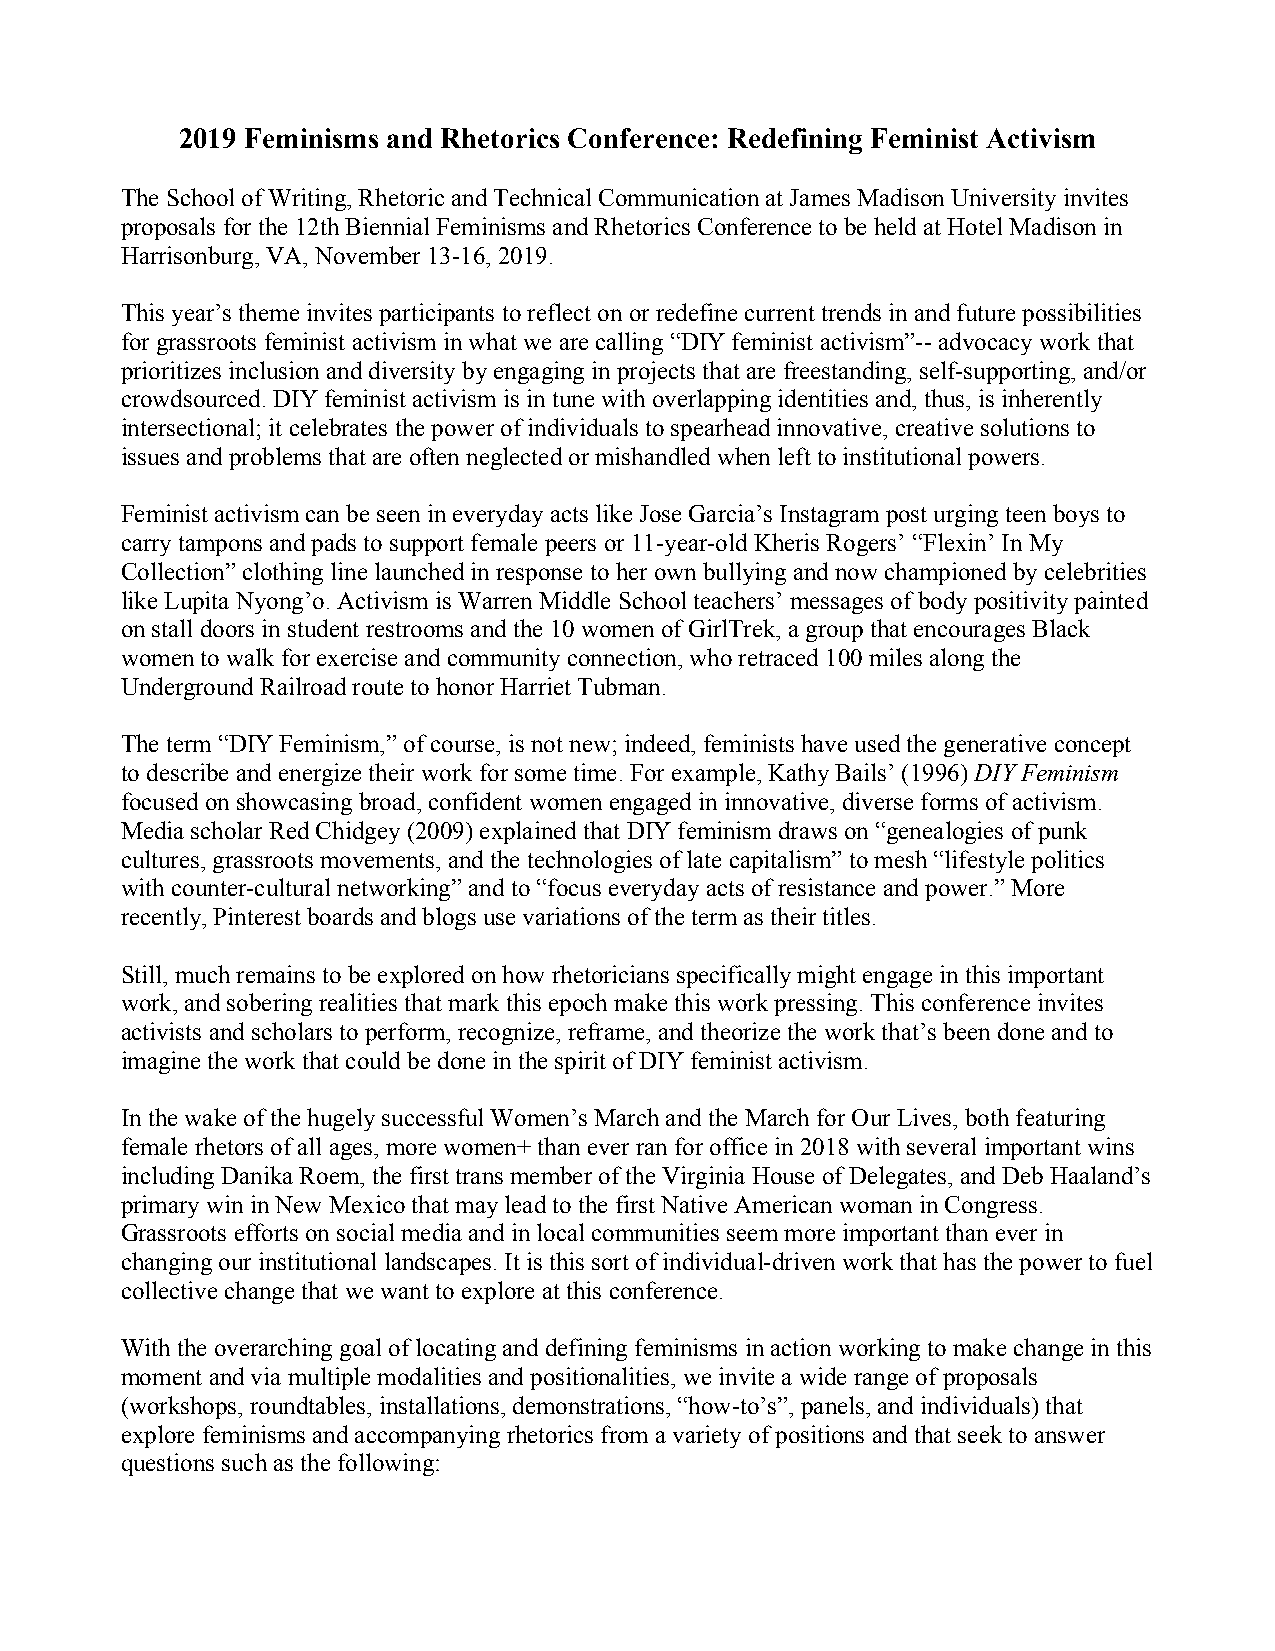
2019 Feminisms and Rhetorics Conference: Redefining Feminist Activism
 The School of Writing, Rhetoric and Technical Communication at James Madison University invites
 proposals for the 12th Biennial Feminisms and Rhetorics Conference to be held at Hotel Madison in
 Harrisonburg, VA, November 13-16, 2019.
 This year’s theme invites participants to reflect on or redefine current trends in and future possibilities
 for grassroots feminist activism in what we are calling “DIY feminist activism”-- advocacy work that
 prioritizes inclusion and diversity by engaging in projects that are freestanding, self-supporting, and/or
 crowdsourced. DIY feminist activism is in tune with overlapping identities and, thus, is inherently
 intersectional; it celebrates the power of individuals to spearhead innovative, creative solutions to
 issues and problems that are often neglected or mishandled when left to institutional powers.
 Feminist activism can be seen in everyday acts like Jose Garcia’s Instagram post urging teen boys to
 carry tampons and pads to support female peers or 11-year-old Kheris Rogers’ “Flexin’ In My
 Collection” clothing line launched in response to her own bullying and now championed by celebrities
 like Lupita Nyong’o. Activism is Warren Middle School teachers’ messages of body positivity painted
 on stall doors in student restrooms and the 10 women of GirlTrek, a group that encourages Black
 women to walk for exercise and community connection, who retraced 100 miles along the
 Underground Railroad route to honor Harriet Tubman.
 The term “DIY Feminism,” of course, is not new; indeed, feminists have used the generative concept
 to describe and energize their work for some time. For example, Kathy Bails’ (1996) DIY Feminism
 focused on showcasing broad, confident women engaged in innovative, diverse forms of activism.
 Media scholar Red Chidgey (2009) explained that DIY feminism draws on “genealogies of punk
 cultures, grassroots movements, and the technologies of late capitalism” to mesh “lifestyle politics
 with counter-cultural networking” and to “focus everyday acts of resistance and power.” More
 recently, Pinterest boards and blogs use variations of the term as their titles.
 Still, much remains to be explored on how rhetoricians specifically might engage in this important
 work, and sobering realities that mark this epoch make this work pressing. This conference invites
 activists and scholars to perform, recognize, reframe, and theorize the work that’s been done and to
 imagine the work that could be done in the spirit of DIY feminist activism.
 In the wake of the hugely successful Women’s March and the March for Our Lives, both featuring
 female rhetors of all ages, more women+ than ever ran for office in 2018 with several important wins
 including Danika Roem, the first trans member of the Virginia House of Delegates, and Deb Haaland’s
 primary win in New Mexico that may lead to the first Native American woman in Congress.
 Grassroots efforts on social media and in local communities seem more important than ever in
 changing our institutional landscapes. It is this sort of individual-driven work that has the power to fuel
 collective change that we want to explore at this conference.
 With the overarching goal of locating and defining feminisms in action working to make change in this
 moment and via multiple modalities and positionalities, we invite a wide range of proposals
 (workshops, roundtables, installations, demonstrations, “how-to’s”, panels, and individuals) that
 explore feminisms and accompanying rhetorics from a variety of positions and that seek to answer
 questions such as the following: